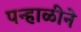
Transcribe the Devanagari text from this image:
पन्हाळीने